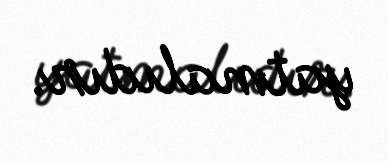
yatmalıdır.